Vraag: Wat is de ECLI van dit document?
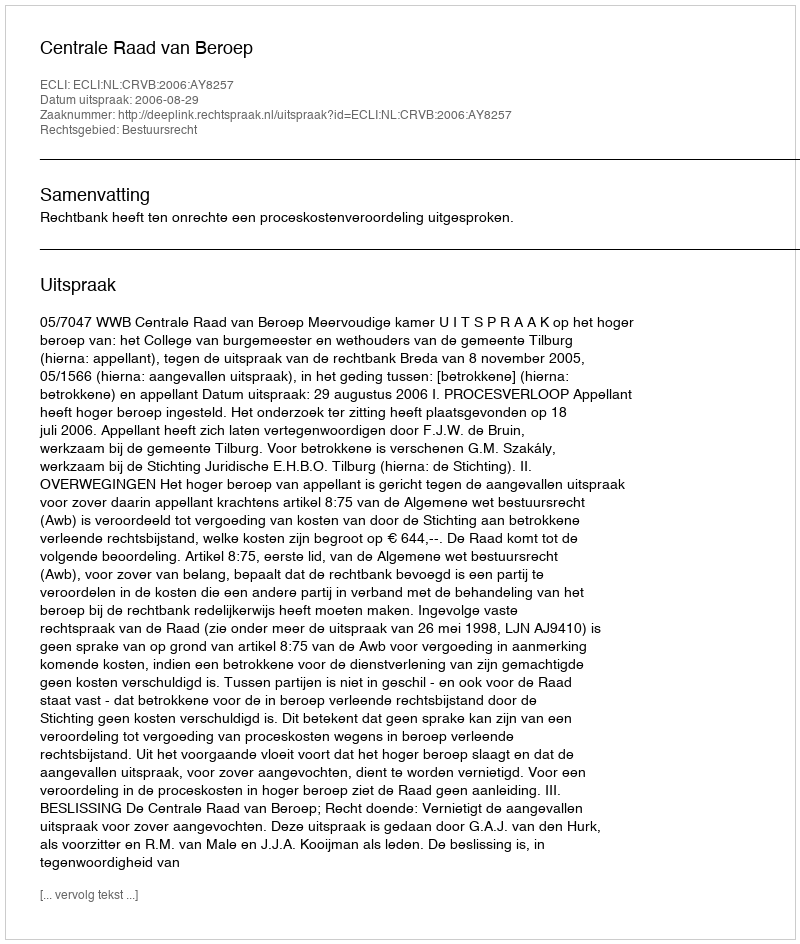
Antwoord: ECLI:NL:CRVB:2006:AY8257